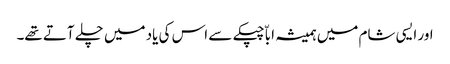
اور ایسی شام میں ہمیشہ اباّ چپکے سے اس کی یاد میں چلے آتے تھے۔